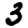
Digit: 3